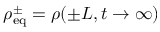
\rho _ { \mathrm { e q } } ^ { \pm } = \rho ( \pm L , t \to \infty )